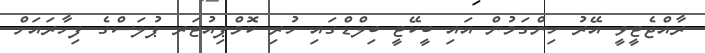
ރާއްޖެޓީވީ އޭރު ހިންގަމުން އައި ބީކޭޓީ ބިލްޑްގައި ހުރި ކޮމްޕިއުޓަރ ޕުލަސްގެ ފިހާރައަށް